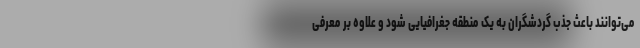
می‌توانند باعث جذب گردشگران به یک منطقه جغرافیایی شود و علاوه بر معرفی